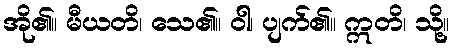
အို၏။ မီယတိ၊ သေ၏။ ဝါ၊ ပျက်၏။ ဣတိ၊ သို့။